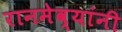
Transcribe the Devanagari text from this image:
रानमेव्यांनी